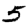
Digit: 5